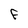
Character: f